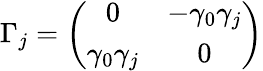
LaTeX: \Gamma_{j}=\left(\begin{array}{cc}{{0}}&{{-\gamma_{0}\gamma_{j}}}\\ {{\gamma_{0}\gamma_{j}}}&{{0}}\end{array}\right)